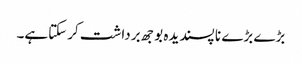
بڑے بڑے نا پسندیدہ بوجھ برداشت کرسکتاہے۔